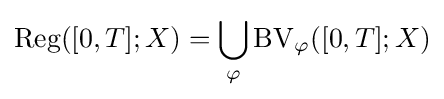
\mathrm {Reg} ([0,T];X)=\bigcup _{\varphi }\mathrm {BV} _{\varphi }([0,T];X)